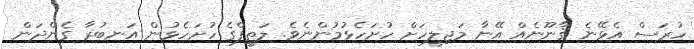
ހުރަސް އެޅޭނެ ޤާނޫނެއް އޭނާ މަޖިލީހަށް ހުށަހެޅުމުންނެވެ. ލަތީފްގެ ހުށަހެޅުން އަނބުރާ ގެންދަން